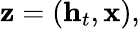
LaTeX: \begin{array}{r}{\mathbf{z}=(\mathbf{h}_{t},\mathbf{x}),}\end{array}